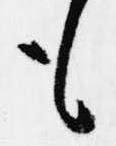
も